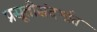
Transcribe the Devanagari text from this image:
प्रसूतीसंदर्भात